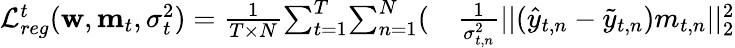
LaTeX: \begin{array}{rl}{\mathcal{L}_{reg}^{t}(\mathbf{w},\mathbf{m}_{t},\sigma_{t}^{2})=\frac{1}{T\times N}{\sum_{t=1}^{T}}{\sum_{n=1}^{N}}(}&{{}\frac{1}{\sigma_{t,n}^{2}}||(\hat{y}_{t,n}-\tilde{y}_{t,n})m_{t,n}||_{2}^{2}}\end{array}